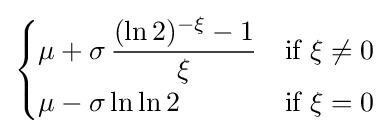
{\begin{cases}\mu +\sigma \,{\dfrac {(\ln 2)^{-\xi }-1}{\xi }}&{\text{if }}\xi \neq 0\\\mu -\sigma \ln \ln 2&{\text{if }}\xi =0\end{cases}}